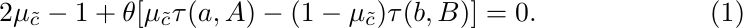
\begin{equation}\label{eq proof randomization 1}
    2\mu_{\tilde{c}}-1+\theta[\mu_{\tilde{c}}\tau(a,A)-(1-\mu_{\tilde{c}})\tau(b,B)]=0.
\end{equation}